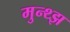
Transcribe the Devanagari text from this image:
मुन्थ्झ